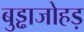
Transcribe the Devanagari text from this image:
बुड्ढाजोहड़